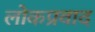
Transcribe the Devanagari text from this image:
लोकप्रवाद